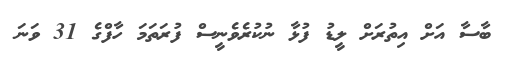
ބާސާ އަށް އިތުރަށް ލީޑު ފުޅާ ނުކުރެވެނީސް ފުރަތަމަ ހާފްގެ 31 ވަނަ